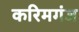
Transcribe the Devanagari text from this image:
करिमगंज